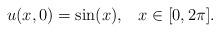
LaTeX: \begin{align*} u(x,0)=\sin(x),\;\;\;x\in [0,2\pi].\end{align*}